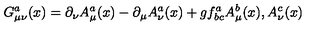
G _ { \mu \nu } ^ { a } ( x ) = \partial _ { \nu } A _ { \mu } ^ { a } ( x ) - \partial _ { \mu } A _ { \nu } ^ { a } ( x ) + g f _ { b c } ^ { a } A _ { \mu } ^ { b } ( x ) , A _ { \nu } ^ { c } ( x )